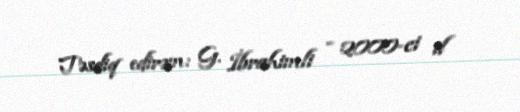
Təsdiq edirəm: G. İbrahimli - 2000-ci il